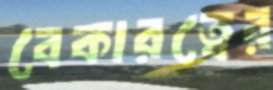
বেকারত্বের